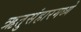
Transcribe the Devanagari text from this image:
ऋतुसंहारमध्ये